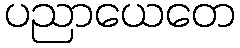
ပညာယေတေ